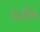
પડતીએ